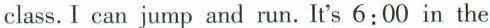
class. I can jump and run. It's 6:00 in the